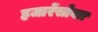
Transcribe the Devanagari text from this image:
हजारेंसोबत